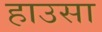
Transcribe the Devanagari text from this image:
हाउसा